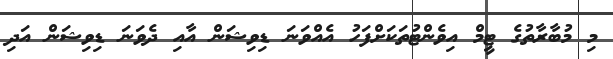
މި މުބާރާތުގެ ޓީމް އިވެންޓުތަކަށްފަހު އެއްވަނަ ޑިވިޝަން އާއި ދެވަނަ ޑިވިޝަން އަދި